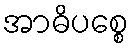
အာဓိပစ္စေ